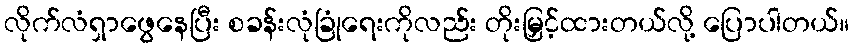
လိုက်လံရှာဖွေနေပြီး စခန်းလုံခြုံရေးကိုလည်း တိုးမြှင့်ထားတယ်လို့ ပြောပါတယ်။